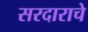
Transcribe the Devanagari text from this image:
सरदाराचे